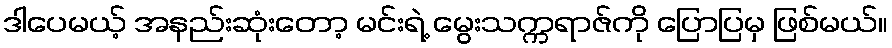
ဒါပေမယ့် အနည်းဆုံးတော့ မင်းရဲ့ မွေးသက္ကရာဇ်ကို ပြောပြမှ ဖြစ်မယ်။